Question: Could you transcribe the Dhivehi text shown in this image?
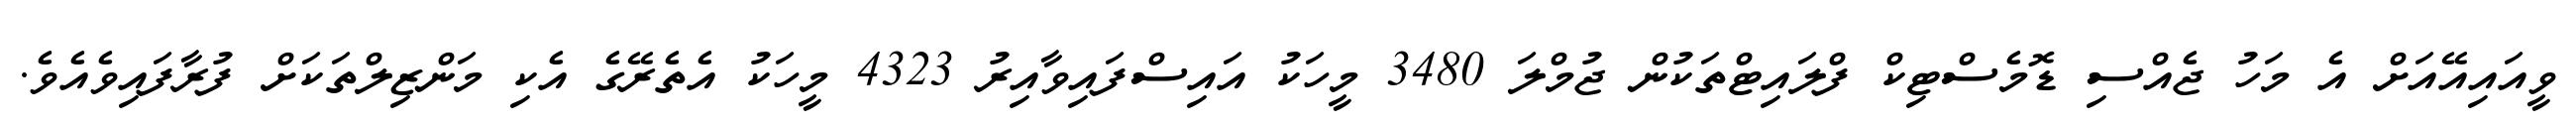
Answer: ވީއައިއޭއަށް އެ މަހު ޖެއްސި ޑޮމެސްޓިކް ފްލައިޓްތަކުން ޖުމްލަ 3480 މީހަކު އައިސްފައިވާއިރު 4323 މީހަކު އެތެރޭގެ އެކި މަންޒިލްތަކަށް ފުރާފައިވެއެވެ.